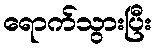
ရောက်သွားပြီး